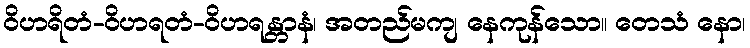
ဝိဟရိတံ-ဝိဟရတံ-ဝိဟရန္တာနံ၊ အတည်မကျ နေကုန်သော။ တေသံ နော၊